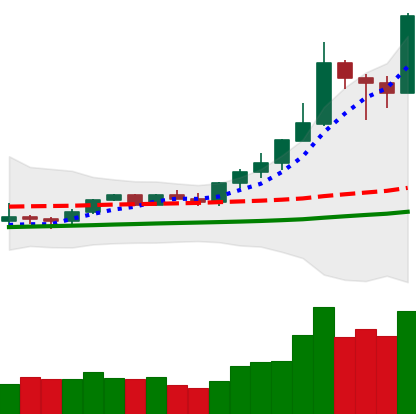
Ticker: XMR-USD
Chart end date: 2021-02-17
Forward return: -16.963%
Label: down_7plus